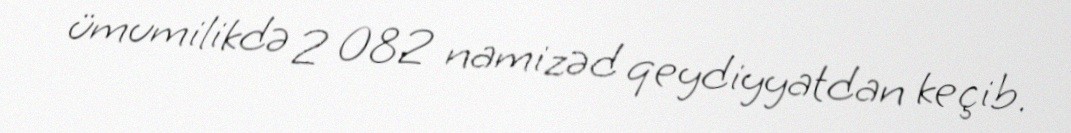
ümumilikdə 2 082 namizəd qeydiyyatdan keçib.